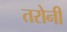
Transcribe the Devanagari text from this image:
तरोनी